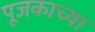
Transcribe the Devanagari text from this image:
पूजकाच्या